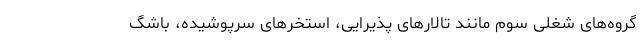
گروه‌های شغلی سوم مانند تالارهای پذیرایی، استخرهای سرپوشیده، باشگ